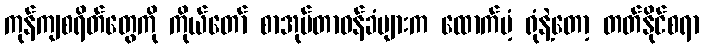
ကုန်ကျစရိတ်တွေကို ကိုယ်တော် စာအုပ်တာဝန်ခံများက ထောက်ပံ့ ရုံနဲ့တော့ တတ်နိုင်စရာ